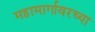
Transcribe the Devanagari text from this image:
महामार्गावरच्या